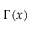
\Gamma ( x )